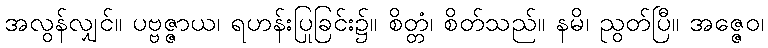
အလွန်လျှင်။ ပဗ္ဗဇ္ဇာယ၊ ရဟန်းပြုခြင်း၌။ စိတ္တံ၊ စိတ်သည်။ နမိ၊ ညွတ်ပြီ။ အဇ္ဇေဝ၊